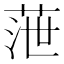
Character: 𦲉